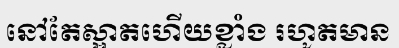
នៅតែស្អាតហើយខ្លាំង រហូតមាន